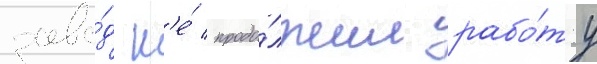
заво́д н'е́ продо́лжил рабо́ту